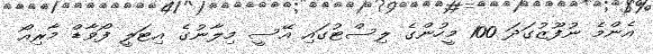
އެންމެ ނުފޫޒުގަދަ 100 މީހުންގެ ލިސްޓުގައި އޭސީ މިލާނުގެ އިޓަލީ ފޯވާޑް މާރިއޯ